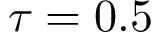
\tau = 0 . 5